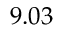
9 . 0 3